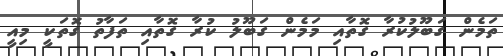
ތަމެން ގަބޫލުކުރާ ގޮތާއި މަމެން ގަބޫލު ކުރާ ގޮތާއި ތަފާތު ގޮތަކީ މިއީ